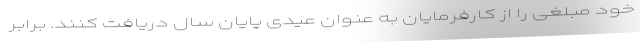
خود مبلغی را از کارفرمایان به عنوان عیدی پایان سال دریافت کنند. برابر